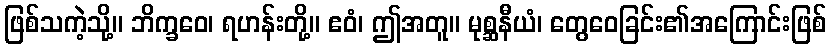
ဖြစ်သကဲ့သို့။ ဘိက္ခဝေ၊ ရဟန်းတို့။ ဧဝံ၊ ဤအတူ။ မုစ္ဆနီယံ၊ တွေဝေခြင်း၏အကြောင်းဖြစ်